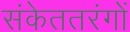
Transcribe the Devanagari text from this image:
संकेततरंगों